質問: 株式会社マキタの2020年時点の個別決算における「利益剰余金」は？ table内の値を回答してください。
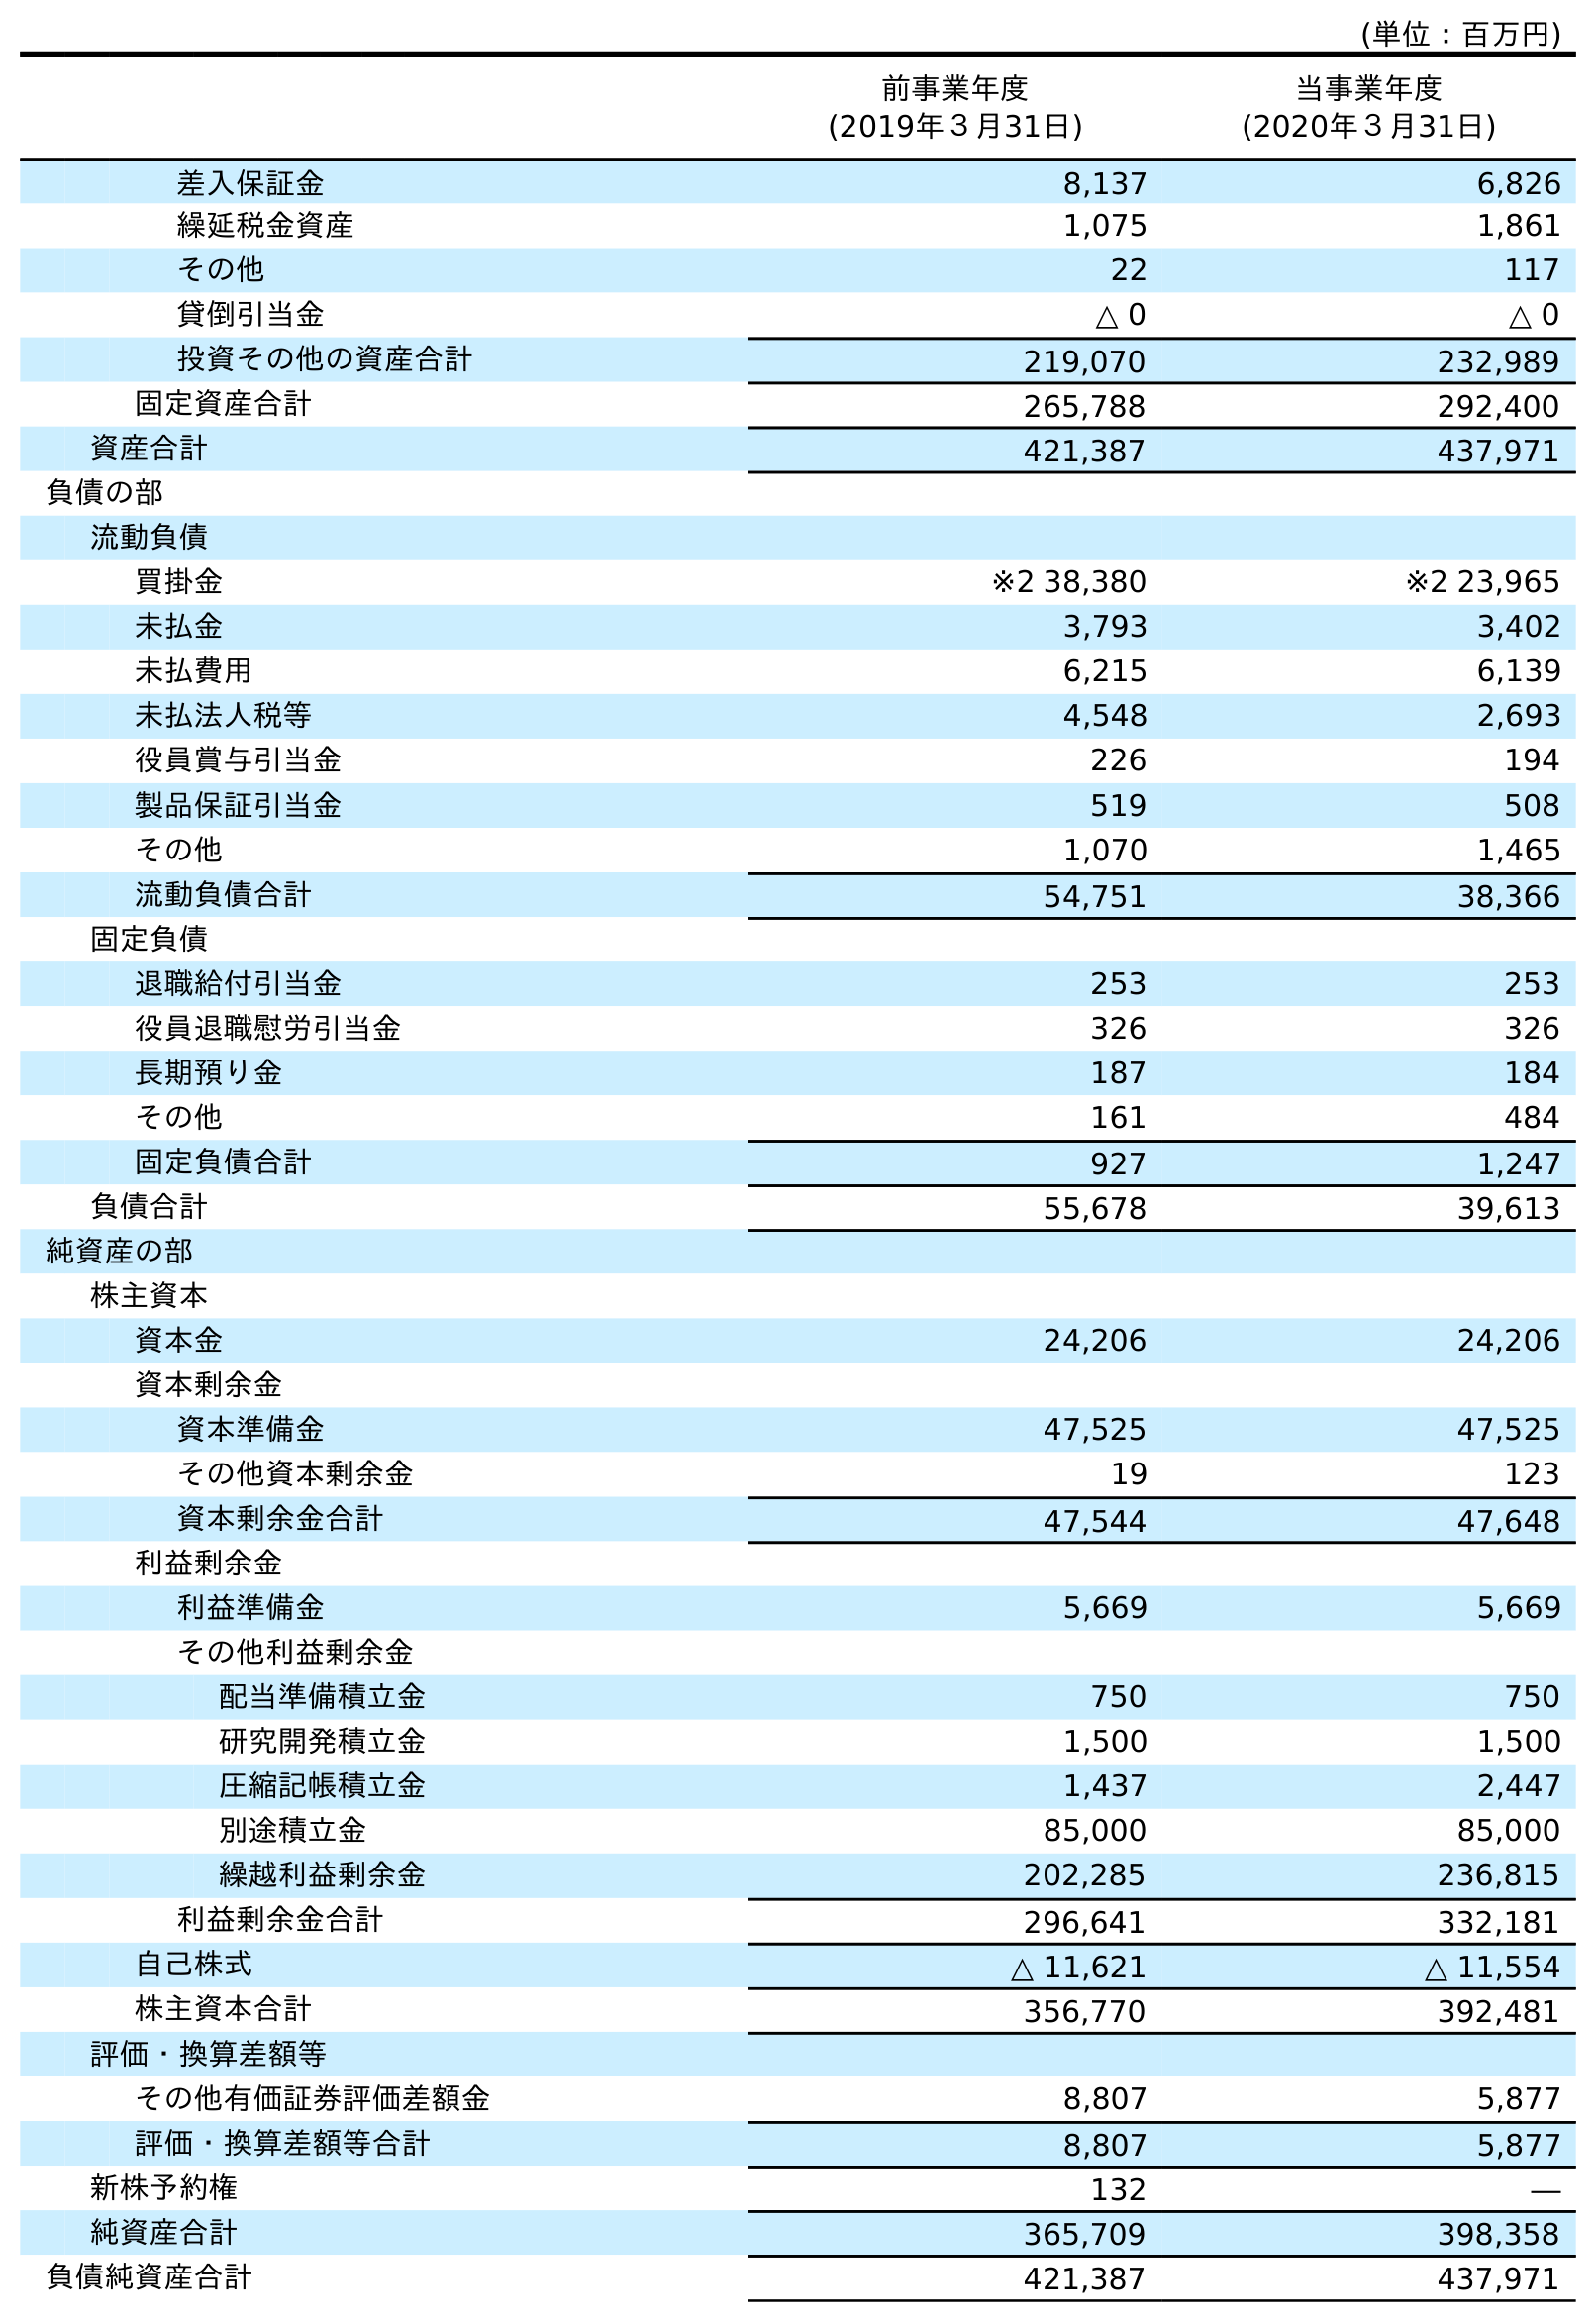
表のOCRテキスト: (単位：百万円) 前事業年度 (2019年３月31日) 当事業年度 (2020年３月31日) 差入保証金 8,137 6,826 繰延税金資産 1,075 1,861 その他 22 117 貸倒引当金 △ 0 △ 0 投資その他の資産合計 219,070 232,989 固定資産合計 265,788 292,400 資産合計 421,387 437,971 負債の部 流動負債 買掛金 ※2 38,380 ※2 23,965 未払金 3,793 3,402 未払費用 6,215 6,139 未払法人税等 4,548 2,693 役員賞与引当金 226 194 製品保証引当金 519 508 その他 1,070 1,465 流動負債合計 54,751 38,366 固定負債 退職給付引当金 253 253 役員退職慰労引当金 326 326 長期預り金 187 184 その他 161 484 固定負債合計 927 1,247 負債合計 55,678 39,613 純資産の部 株主資本 資本金 24,206 24,206 資本剰余金 資本準備金 47,525 47,525 その他資本剰余金 19 123 資本剰余金合計 47,544 47,648 利益剰余金 利益準備金 5,669 5,669 その他利益剰余金 配当準備積立金 750 750 研究開発積立金 1,500 1,500 圧縮記帳積立金 1,437 2,447 別途積立金 85,000 85,000 繰越利益剰余金 202,285 236,815 利益剰余金合計 296,641 332,181 自己株式 △ 11,621 △ 11,554 株主資本合計 356,770 392,481 評価・換算差額等 その他有価証券評価差額金 8,807 5,877 評価・換算差額等合計 8,807 5,877 新株予約権 132 ― 純資産合計 365,709 398,358 負債純資産合計 421,387 437,971
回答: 332,181